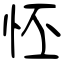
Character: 怌